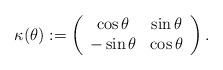
LaTeX: \begin{align*}\kappa(\theta):=\left(\begin{array}{cc}\cos\theta&\sin\theta\\-\sin\theta&\cos\theta\end{array}\right).\end{align*}